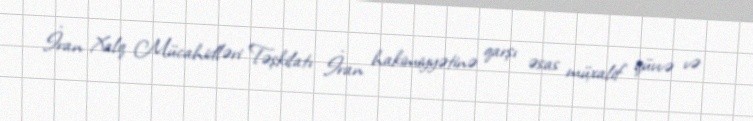
İran Xalq Mücahidləri Təşkilatı İran hakimiyyətinə qarşı əsas müxalif qüvvə və